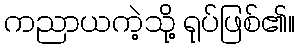
ကညာယကဲ့သို့ ရုပ်ဖြစ်၏။